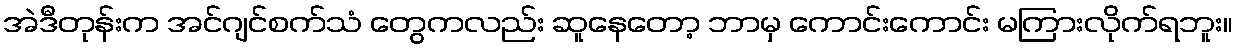
အဲဒီတုန်းက အင်ဂျင်စက်သံ တွေကလည်း ဆူနေတော့ ဘာမှ ကောင်းကောင်း မကြားလိုက်ရဘူး။